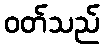
ဝတ်သည်